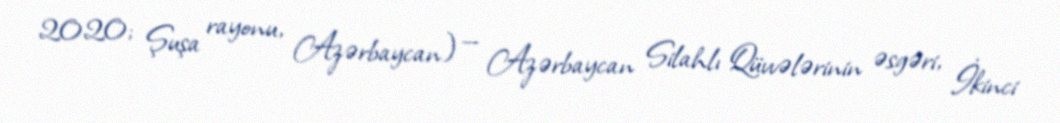
2020; Şuşa rayonu, Azərbaycan) — Azərbaycan Silahlı Qüvvələrinin əsgəri, İkinci